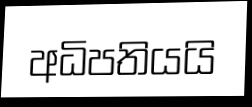
අධිපතියයි